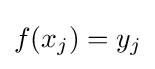
f(x_{j})=y_{j}